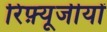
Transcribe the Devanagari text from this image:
रिफ़्यूजीयों